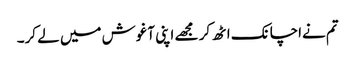
تم نےاچانک اٹھ کر مجھے اپنی آغوش میں لے کر۔